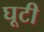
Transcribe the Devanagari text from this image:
घूटी